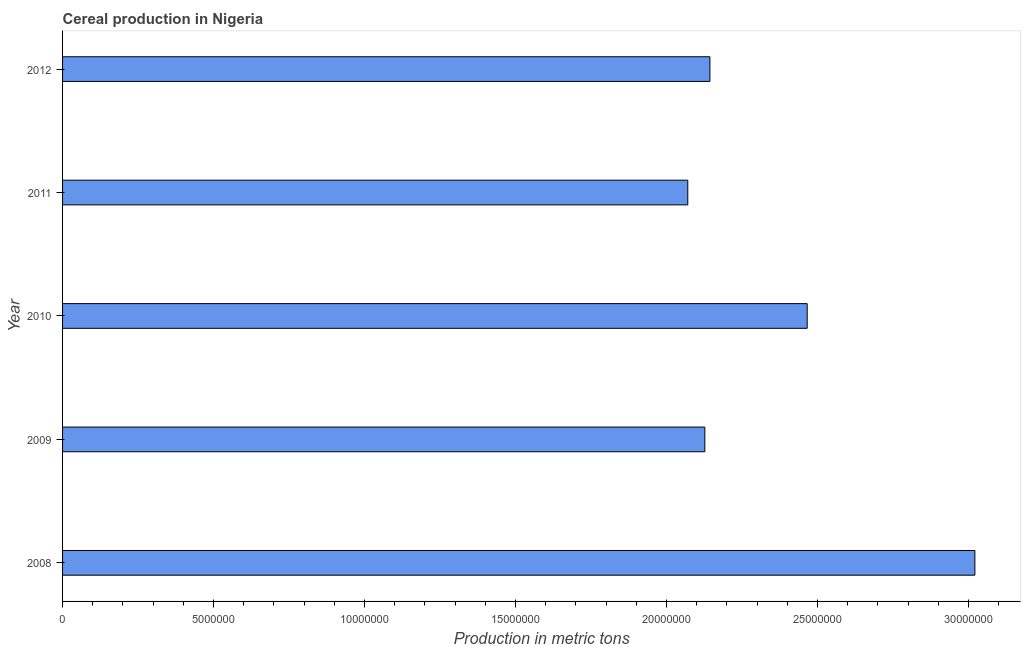
| Year | Cereal production |
 | --- | --- |
 | 2008 | 3.02e+07 |
 | 2009 | 2.13e+07 |
 | 2010 | 2.47e+07 |
 | 2011 | 2.07e+07 |
 | 2012 | 2.14e+07 |